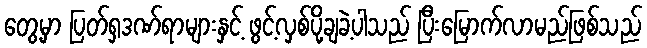
တွေ့မှာ ပြတ်ရှဒဏ်ရာများနှင့် ဖွင့်လှစ်ပို့ချခဲ့ပါသည် ပြီးမြောက်လာမည်ဖြစ်သည်